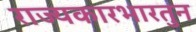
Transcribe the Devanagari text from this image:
राज्यकारभारतुन